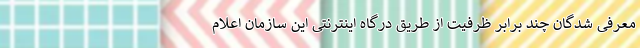
معرفی شدگان چند برابر ظرفیت از طریق درگاه اینترنتی این سازمان اعلام